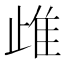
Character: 䧳